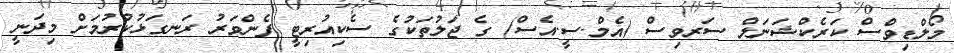
މޯލްޑިވްސް ކަރެކްޝަނަލް ސަރވިސް (އެމް.ސީ.އެސް) ގެ ޖަލުތަކުގެ ސެކިއުރިޓީ ފެންވަރު ރަނގަޅުކުރުމަށް މިދަނީ